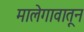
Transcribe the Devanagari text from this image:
मालेगावातून